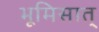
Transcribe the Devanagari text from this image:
भूमिसात्